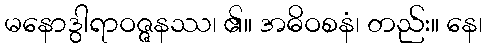
မနောဒွါရာဝဇ္ဇနဿ၊ ၏။ အဓိဝစနံ၊ တည်း။ နေ၊